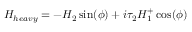
H _ { h e a v y } = - H _ { 2 } \sin ( \phi ) + i \tau _ { 2 } H _ { 1 } ^ { + } \cos ( \phi )